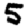
Digit: 5